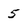
Character: 5